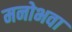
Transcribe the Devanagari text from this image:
मनोभवा